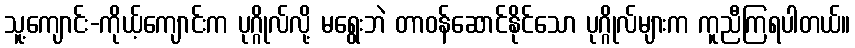
သူ့ကျောင်း-ကိုယ့်ကျောင်းက ပုဂ္ဂိုလ်လို့ မရွေးဘဲ တာဝန်ဆောင်နိုင်သော ပုဂ္ဂိုလ်များက ကူညီကြရပါတယ်။